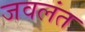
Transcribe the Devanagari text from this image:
जवलंत